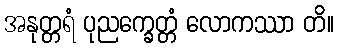
အနုတ္တရံ ပုညက္ခေတ္တံ လောကဿာ တိ။